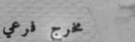
مخرج فرعي